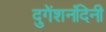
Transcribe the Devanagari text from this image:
दुगेंशनंदिनी